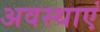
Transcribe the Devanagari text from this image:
अवस्‍थाएं